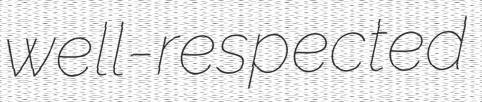
well-respected